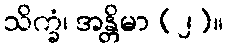
သိက္ခံ၊ အန္တိမာ (၂)။